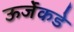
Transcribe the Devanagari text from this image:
ऊर्जेकडे